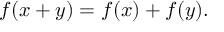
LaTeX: f ( x + y ) = f ( x ) + f ( y ) .